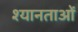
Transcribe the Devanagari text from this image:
श्यानताओं